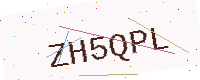
Text: ZH5QPL